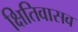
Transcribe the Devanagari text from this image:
क्षितिवासव